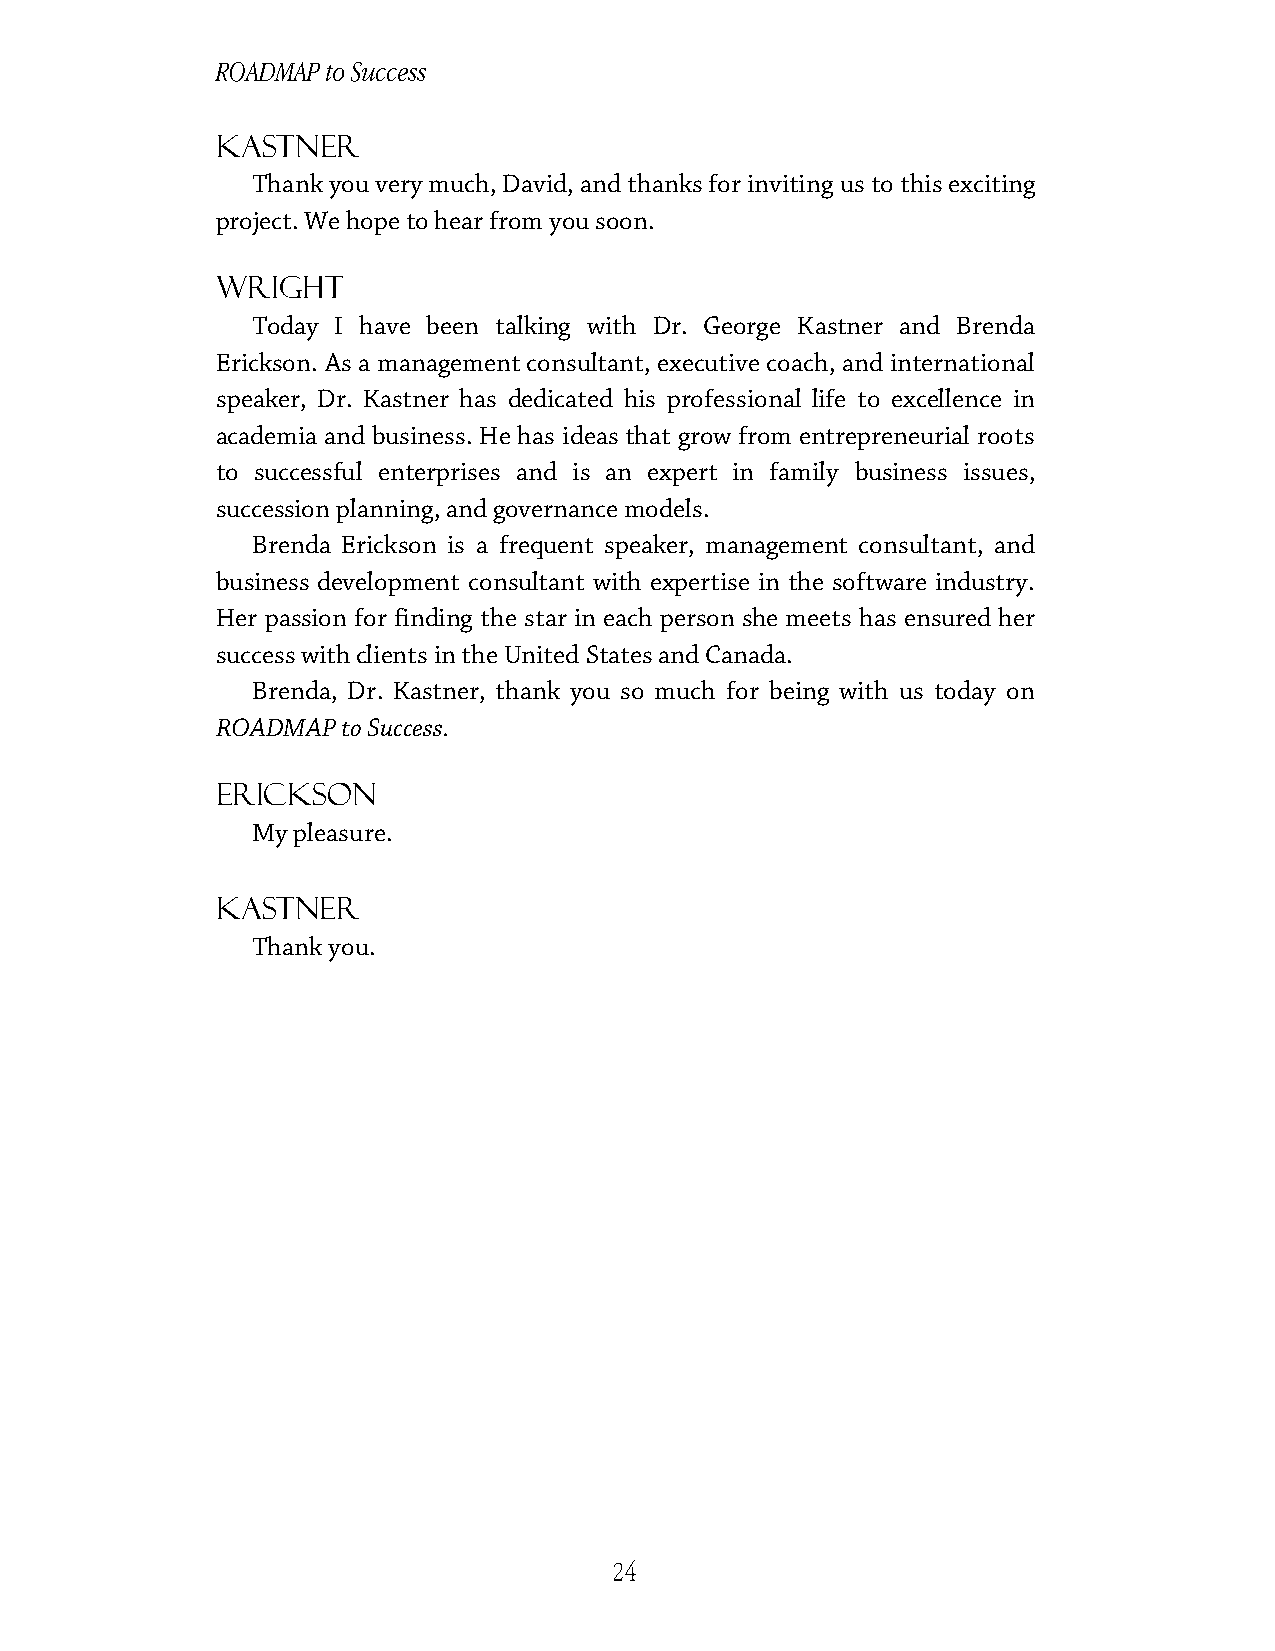
ROADMAP to Success
 Kastner
 Thank you very much, David, and thanks for inviting us to this exciting
 project. We hope to hear from you soon.
 Wright
 Today I have been talking with Dr. George Kastner and Brenda
 Erickson. As a management consultant, executive coach, and international
 speaker, Dr. Kastner has dedicated his professional life to excellence in
 academia and business. He has ideas that grow from entrepreneurial roots
 to successful enterprises and is an expert in family business issues,
 succession planning, and governance models.
 Brenda Erickson is a frequent speaker, management consultant, and
 business development consultant with expertise in the software industry.
 Her passion for finding the star in each person she meets has ensured her
 success with clients in the United States and Canada.
 Brenda, Dr. Kastner, thank you so much for being with us today on
 ROADMAP  to Success.
 Erickson
 My pleasure.
 Kastner
 Thank you.
 24